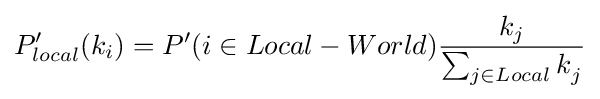
P_{local}'(k_{i})=P'(i\in Local-World){\frac {k_{j}}{\sum _{j\in Local}k_{j}^{}}}